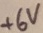
Text: +6V